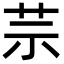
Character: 䒬